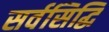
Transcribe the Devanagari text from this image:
सर्वसिद्धि